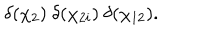
LaTeX: \delta ( \chi _ { 2 } ) \ \delta ( \chi _ { 2 i } ) \ \delta ( \chi _ { 1 2 } ) .